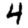
Digit: 4